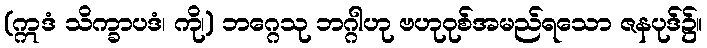
(ဣဒံ သိက္ခာပဒံ၊ ကို၊) ဘဂ္ဂေသု ဘဂ္ဂါဟု ဗဟုဝုစ်အမည်ရသော ဇနပုဒ်၌။